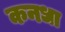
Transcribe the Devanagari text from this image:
कनधा